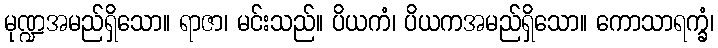
မုဏ္ဍအမည်ရှိသော။ ရာဇာ၊ မင်းသည်။ ပိယကံ၊ ပိယကအမည်ရှိသော။ ကောသာရက္ခံ၊